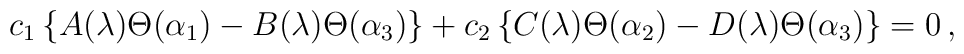
c_1\left\{A(\lambda )\Theta (\alpha_1)-B(\lambda )\Theta (\alpha_3)\right\}+c_2\left\{C(\lambda )\Theta (\alpha_2)-D(\lambda )\Theta (\alpha_3)\right\}=0\, ,